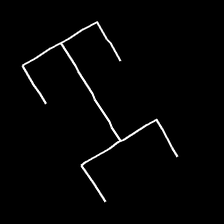
Glyph: entwine